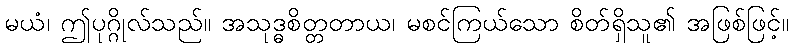
မယံ၊ ဤပုဂ္ဂိုလ်သည်။ အသုဒ္ဓစိတ္တတာယ၊ မစင်ကြယ်သော စိတ်ရှိသူ၏ အဖြစ်ဖြင့်။